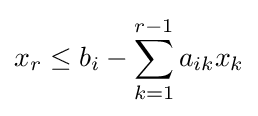
x_{r}\leq b_{i}-\sum _{k=1}^{r-1}a_{ik}x_{k}